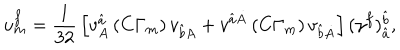
u _ { { m } } ^ { { { f } } } = { \frac { 1 } { 3 2 } } \left[ v _ { { A } } ^ { { \hat { a } } } \left( C \Gamma _ { { m } } \right) v _ { { \hat { b } } { A } } + v ^ { { \hat { a } } { \dot { A } } } \left( C \Gamma _ { { m } } \right) v _ { { \hat { b } } { \dot { A } } } \right] ( \gamma ^ { f } ) _ { { \hat { a } } } ^ { { { \hat { b } } } } ,